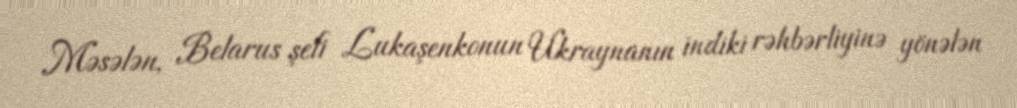
Məsələn, Belarus şefi Lukaşenkonun Ukraynanın indiki rəhbərliyinə yönələn